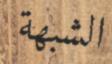
الشبھة